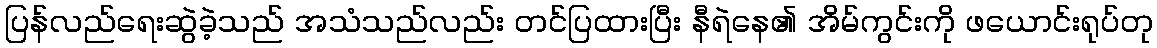
ပြန်လည်ရေးဆွဲခဲ့သည် အသံသည်လည်း တင်ပြထားပြီး နီရဲနေ၏ အိမ်ကွင်းကို ဖယောင်းရုပ်တု